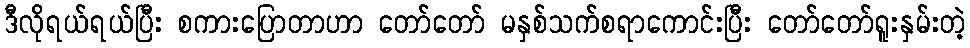
ဒီလိုရယ်ရယ်ပြီး စကားပြောတာဟာ တော်တော် မနှစ်သက်စရာကောင်းပြီး တော်တော်ရူးနှမ်းတဲ့